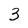
Character: 3